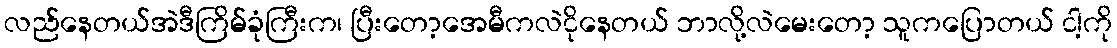
လည်နေတယ်အဲဒီကြိမ်ခုံကြီးက၊ ပြီးတော့အေမီကလဲငိုနေတယ် ဘာလို့လဲမေးတော့ သူကပြောတယ် ငါ့ကို